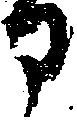
ア